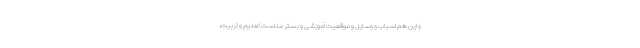
و این هم اسباب و وسایل و موقعیت آموزشی و بستر مناست تعلیم و تربیت،